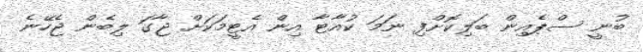
ބުނީ ސްޕެއިން ބަލިކޮށްފި ނަމަ ކުއާޓާ އިން އެޓީމަކަށް ޖާގަ ލިބެން ޖެހޭނެ